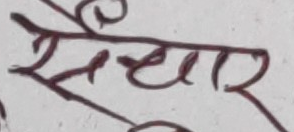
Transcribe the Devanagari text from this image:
संचार